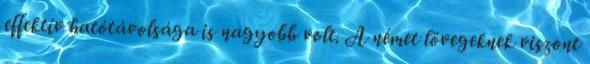
effektív hatótávolsága is nagyobb volt. A német lövegeknek viszont